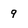
Character: 9